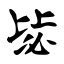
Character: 毖